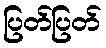
ပြတ်ပြတ်